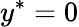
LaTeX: {{y}^{*}}=0